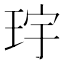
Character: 𪻝